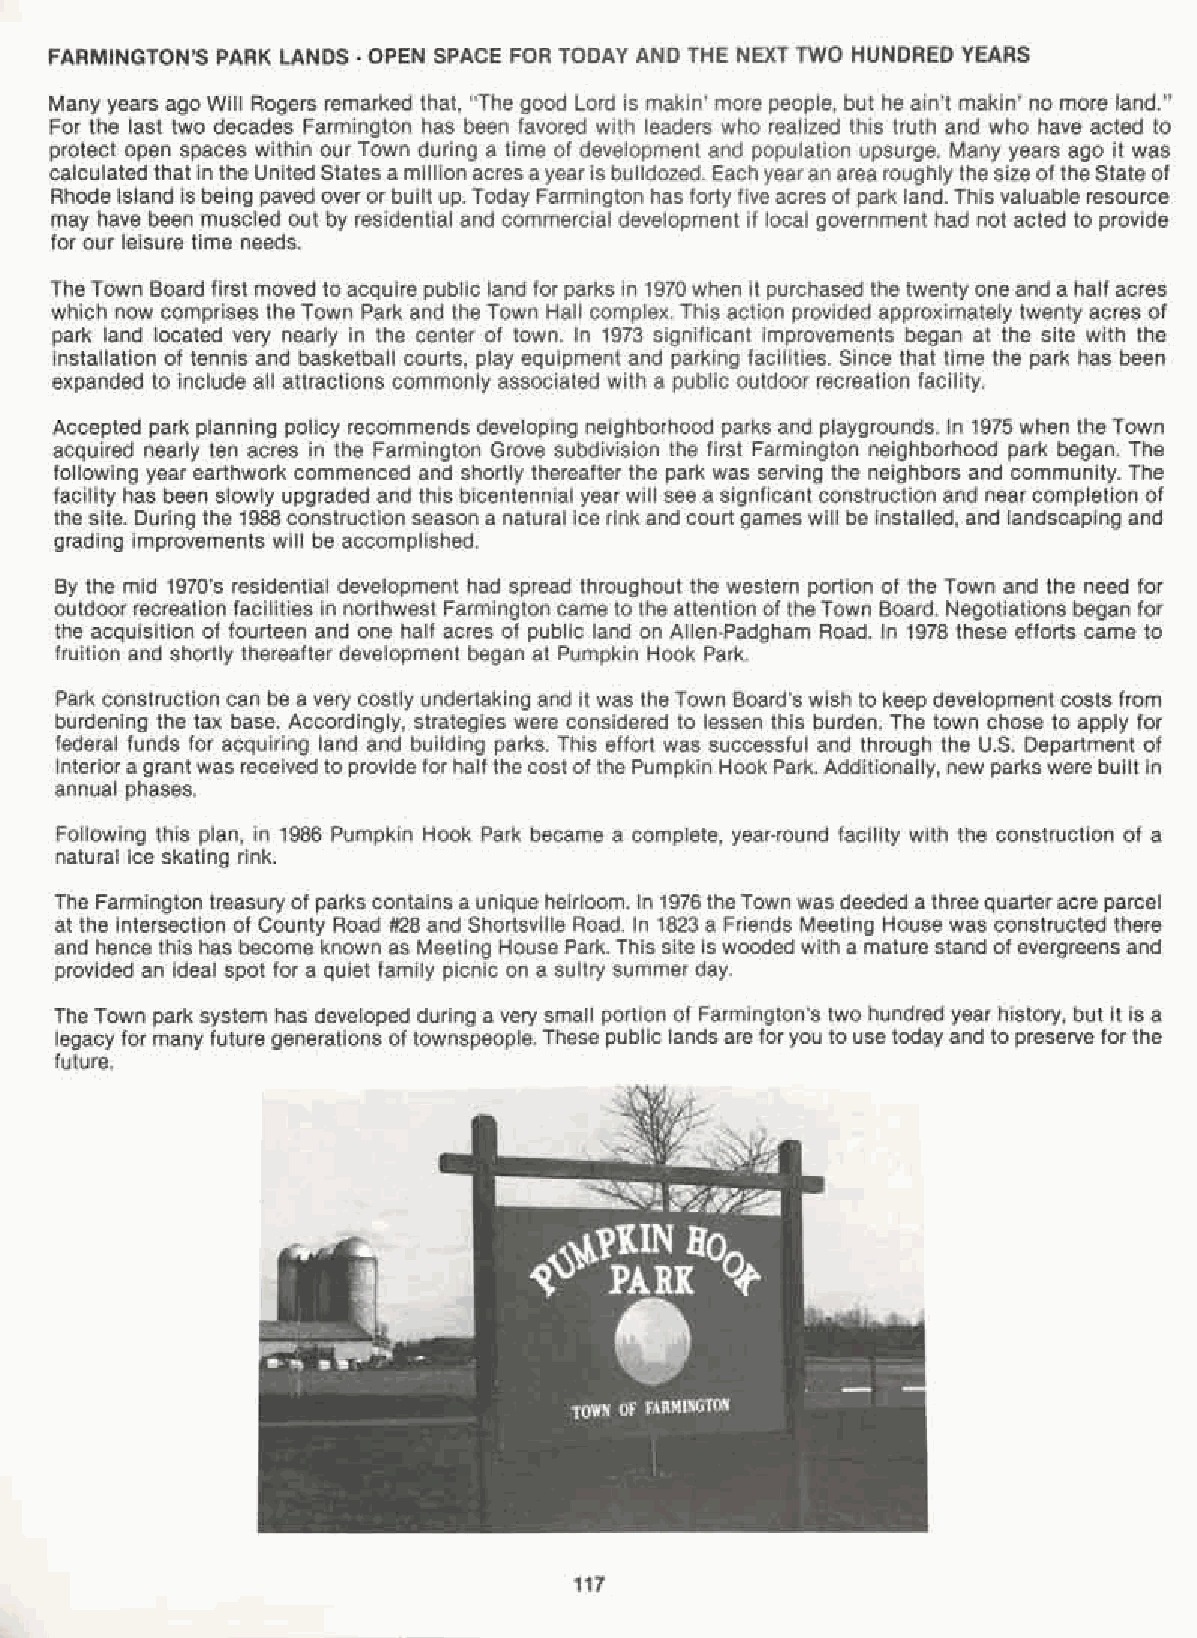
FARMINGTON'S PARK LANDS· OPEN SPACE FOR TODAY AND THE NEXT TWO HUNDRED YEARS
 Many years ago Will Rogers remarked that, "The good Lord is makin' more people, but he ain't makin' no more land."
 For the last two decades Farmington has been favored with leaders who realized this truth and who have acted to
 protect open spaces within our Town during a time of development and population upsurge. Many years ago it was
 calculated that in the United States a million acres ayearis bulldozed. Each yearan area roughly thesize of the State of
 Rhode Island is being paved over or built up. Today Farmington has forty five acres of park land. This valuable resource
 may have been muscled out by residential and commercial development if local government had not acted to provide
 for our leisure time needs.
 TheTown Board first moved to acquire public land for parks in 1970 when it purchased the twenty one and a half acres
 which now comprises the Town Park and the Town Hall complex. This action provided approximately twenty acres of
 park land located very nearly in the center of town. In 1973 significant improvements began at the site with the
 installation of tennis and basketball courts, play equipment and parking facilities. Since that time the park has been
 expanded to include all attractions commonly associated with a public outdoor recreation facility.
 Accepted park planning policy recommends developing neighborhood parks and playgrounds. In 1975 when the Town
 acquired nearly ten acres in the Farmington Grove subdivision the first Farmington neighborhood park began. The
 following year earthwork commenced and shortly thereafter the park was serving the neighbors and community. The
 facility has been slowly upgraded and this bicentennial yearwill see a signficant construction and near completion of
 the site. During the 1988 construction season a natural ice rink and court games will be installed, and landscaping and
 grading improvements will be accomplished.
 By the mid 1970's residential development had spread throughout the western portion of the Town and the need for
 outdoor recreation facilities in northwest Farmington came to the attention of theTown Board. Negotiations began for
 the acquisition of fourteen and one half acres of public land on Allen-Padgham Road. In 1978 these efforts came to
 fruition and shortly thereafter development began at Pumpkin Hook Park.
 Park construction can be a very costly undertaking and it was the Town Board's wish to keep development costs from
 burdening the tax base. Accordingly, strategies were considered to lessen this burden. The town chose to apply for
 federal funds for acquiring land and building parks. This effort was successful and through the U.S. Department of
 Interiora grant was received to provide for half the cost of the Pumpkin Hook Park. Additionally, new parkswere built in
 annual phases.
 Following this plan, in 1986 Pumpkin Hook Park became a complete, year-round facility with the construction of a
 natural ice skating rink.
 The Farmington treasuryof parks contains a unique heirloom. In 1976theTown was deeded a three quarteracre parcel
 at the intersection of County Road #28 and Shortsville Road. In 1823 a Friends Meeting House was constructed there
 and hence this has become known as Meeting House Park. This site is wooded with a mature stand of evergreens and
 provided an ideal spot for a quiet family picnic on a sultry summer day.
 The Town park system has developed during a very small portion of Farmington's two hundred year history, but it is a
 legacy for many future generations of townspeople. These public lands are foryou to use today and to preserve forthe
 future.
 117